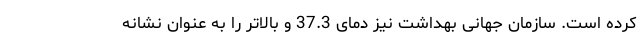
کرده است. سازمان جهانی بهداشت نیز دمای 37.3 و بالاتر را به عنوان نشانه